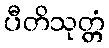
ပီတိသုတ္တံ